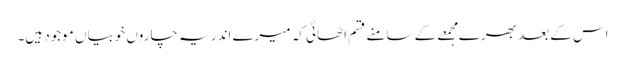
اس کے بعد بھرے مجمعے کے سامنے قسم اٹھائی کہ میرے اندر یہ چاروں خوبیاں موجود ہیں۔